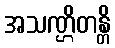
အသဏ္ဌိတန္တိ